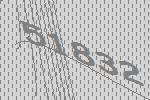
51832